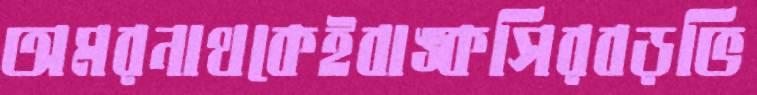
অমরনাথকেইবাঙ্কসিরবড়ভি